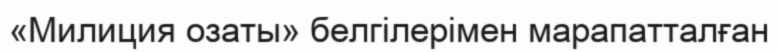
«Милиция озаты» белгілерімен марапатталған